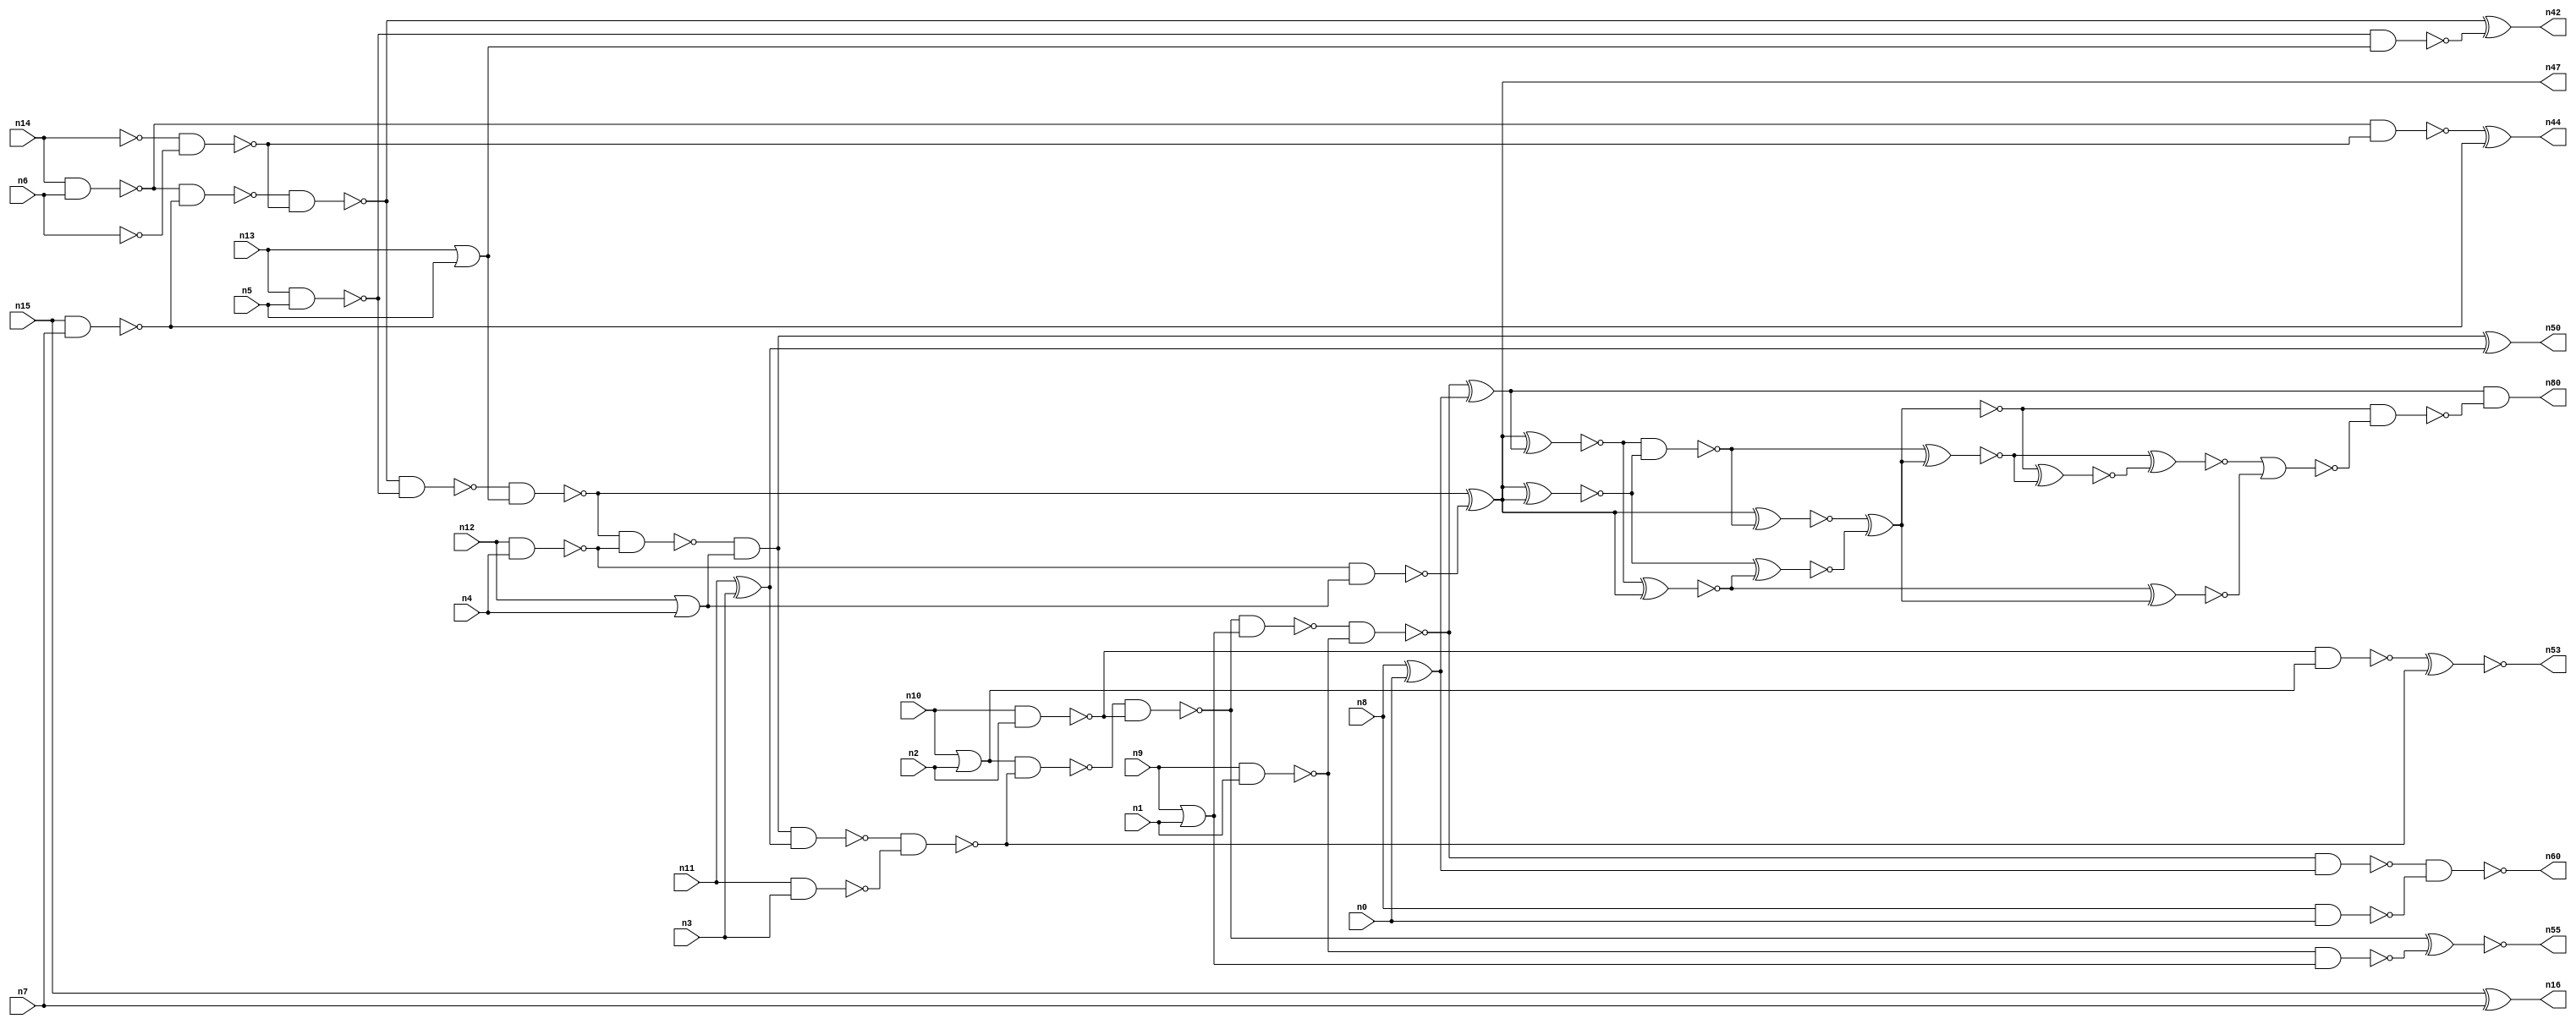
// This file contains a pareto-optimal circuit with respect to area and the fault-resilince parameter p_fault which is defined as:
// "For all input vectors, the ratio of the no. of faults observable at the POs to the no. of total possible faults in the circuit".
// This code is part of the ReCkt library (https://github.com/umar-afzaal/ReCkt) distributed under The MIT License.
// When used, please cite the following article(s):
// U. Afzaal, A.S. Hassan, M. Usman and J.A. Lee, "On the Evolutionary Synthesis of Increased Fault-resilience Arithmetic Circuits".

// p_fault = 73.0 %    (Lower is better)
// gates = 61.0
// levels = 25
// area = 78.24    (For MCNC library relative to nand2)
// power = 441.0 uW    (Berkely-SIS for MCNC library @ Vdd=5V and 20 MHz clock)
// delay = 36.2 ns    (Berkely-ABC for MCNC library)
// PDP = 1.59642e-11 J

// Pin mapping:
// {n0, n1, n2, n3, n4, n5, n6, n7} = A[7:0]
// {n8, n9, n10, n11, n12, n13, n14, n15} = B[7:0]
// {n60, n80, n55, n53, n50, n47, n42, n44, n16} = O[8:0]

module addr8u_area_46 (
n0, n1, n2, n3, n4, n5, n6, n7, n8, n9, n10, n11, n12, n13, n14, n15, 
n60, n80, n55, n53, n50, n47, n42, n44, n16
);

input n0, n1, n2, n3, n4, n5, n6, n7, n8, n9, n10, n11, n12, n13, n14, n15;
output n60, n80, n55, n53, n50, n47, n42, n44, n16;
wire n30, n24, n52, n61, n46, n63, n68, n69, n75, n18, n49, n74, n17, n65, n59, n51, n45, n36, n20, n37, 
n56, n23, n40, n48, n62, n66, n21, n25, n41, n54, n67, n27, n33, n28, n58, n22, n38, n39, n57, n71, 
n73, n31, n70, n19, n34, n32, n26, n43, n29, n64, n72, n35;

xor (n16, n15, n7);
nand (n17, n10, n2);
nand (n18, n13, n5);
not (n19, n6);
nand (n20, n8, n0);
nor (n21, n9, n1);
nand (n22, n11, n3);
or (n23, n13, n5);
not (n24, n14);
nand (n25, n12, n4);
nand (n26, n9, n1);
nand (n27, n14, n6);
xor (n28, n8, n0);
nand (n29, n15, n7);
xor (n30, n11, n3);
or (n31, n10, n2);
or (n32, n12, n4);
nand (n33, n24, n19);
nand (n34, n17, n31);
nand (n35, n27, n29);
nand (n36, n18, n23);
not (n37, n21);
nand (n38, n25, n32);
nand (n39, n27, n33);
nand (n40, n35, n33);
nand (n41, n26, n37);
xor (n42, n40, n36);
nand (n43, n40, n18);
xor (n44, n39, n29);
nand (n45, n43, n23);
nand (n46, n45, n25);
xor (n47, n45, n38);
and (n48, n46, n32);
nand (n49, n48, n30);
xor (n50, n48, n30);
nand (n51, n49, n22);
nand (n52, n31, n51);
xnor (n53, n34, n51);
nand (n54, n52, n17);
xnor (n55, n54, n41);
nand (n56, n54, n37);
nand (n57, n56, n26);
nand (n58, n57, n28);
xor (n59, n57, n28);
nand (n60, n58, n20);
xnor (n61, n47, n59);
xnor (n62, n47, n47);
xnor (n63, n61, n47);
xnor (n64, n62, n63);
nand (n65, n61, n62);
xnor (n66, n47, n65);
xnor (n67, n66, n64);
nor (n68, n67, n67);
xnor (n69, n65, n68);
xnor (n70, n64, n66);
xnor (n71, n63, n68);
xnor (n72, n70, n69);
xnor (n73, n69, n72);
nor (n74, n73, n71);
nand (n75, n70, n74);
and (n80, n59, n75);

endmodule